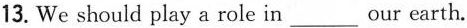
13. We should play a role in___our earth.